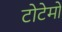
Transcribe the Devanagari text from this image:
टोटेमों